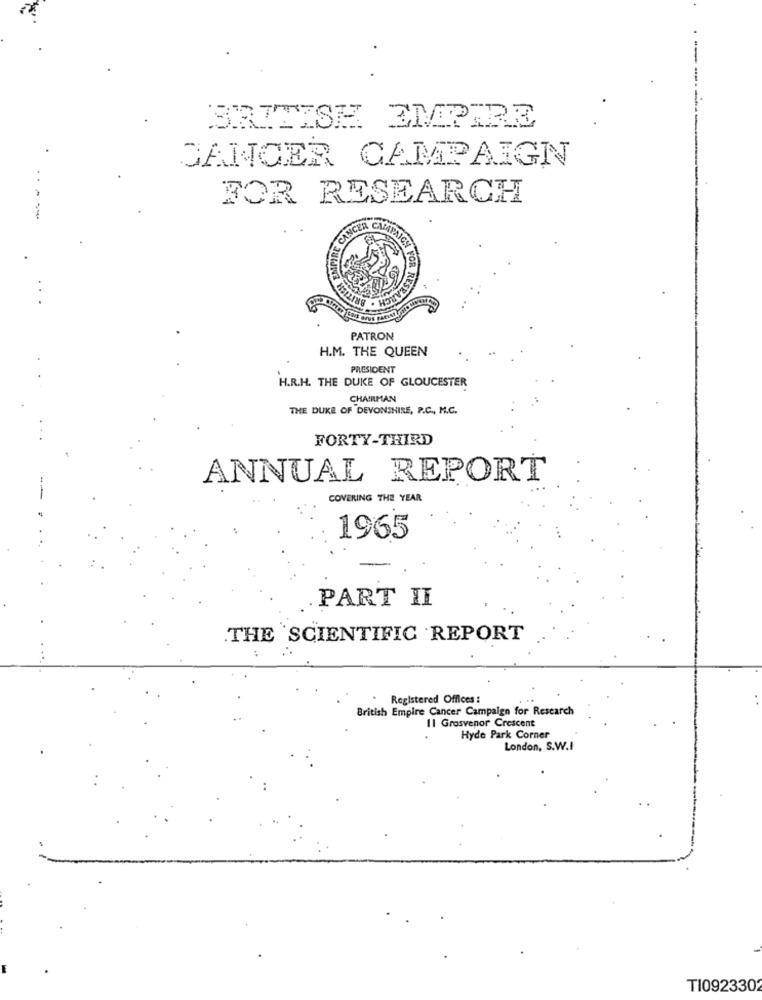
BRITISH EMPIRE
CANCER CAMPAIGN
FOR RESEARCH
--
CH . BRIT
RESE
PATRON
H.M. THE QUEEN
PRESIDENT
H.R.H. THE DUKE OF GLOUCESTER
CHAIRMAN
THE DUKE OF DEVONSHIRE, P.C ., M.C.
FORTY-THIRD
ANNUAL REPORT
COVERING THE YEAR
1965
PART II
.THE SCIENTIFIC REPORT
Registered Offices :
British Empire Cancer Campaign for Research
11 Grosvenor Crescent
Hyde Park Corner
London, S.W.I
TI092330